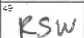
Transcription: RSW